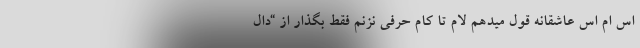
اس ام اس عاشقانه قول میدهم لام تا کام حرفی نزنم فقط بگذار از “دال